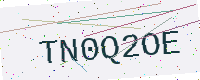
Text: TN0Q2OE